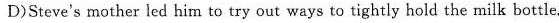
D)Steve's mother led him to try out ways to tightly hold the milk bottle.